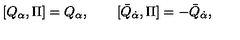
[ Q _ { \alpha } , \Pi ] = Q _ { \alpha } , \qquad [ \bar { Q } _ { \dot { \alpha } } , \Pi ] = - \bar { Q } _ { \dot { \alpha } } ,